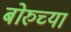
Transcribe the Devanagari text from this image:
बोरुच्या